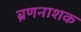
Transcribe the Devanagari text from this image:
ब्रणनाशक